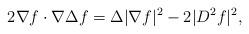
LaTeX: \begin{align*} 2\nabla f\cdot\nabla \Delta f = \Delta|\nabla f|^2 - 2|D^2f|^2,\end{align*}